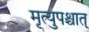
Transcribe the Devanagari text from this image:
मृत्युपश्चात्